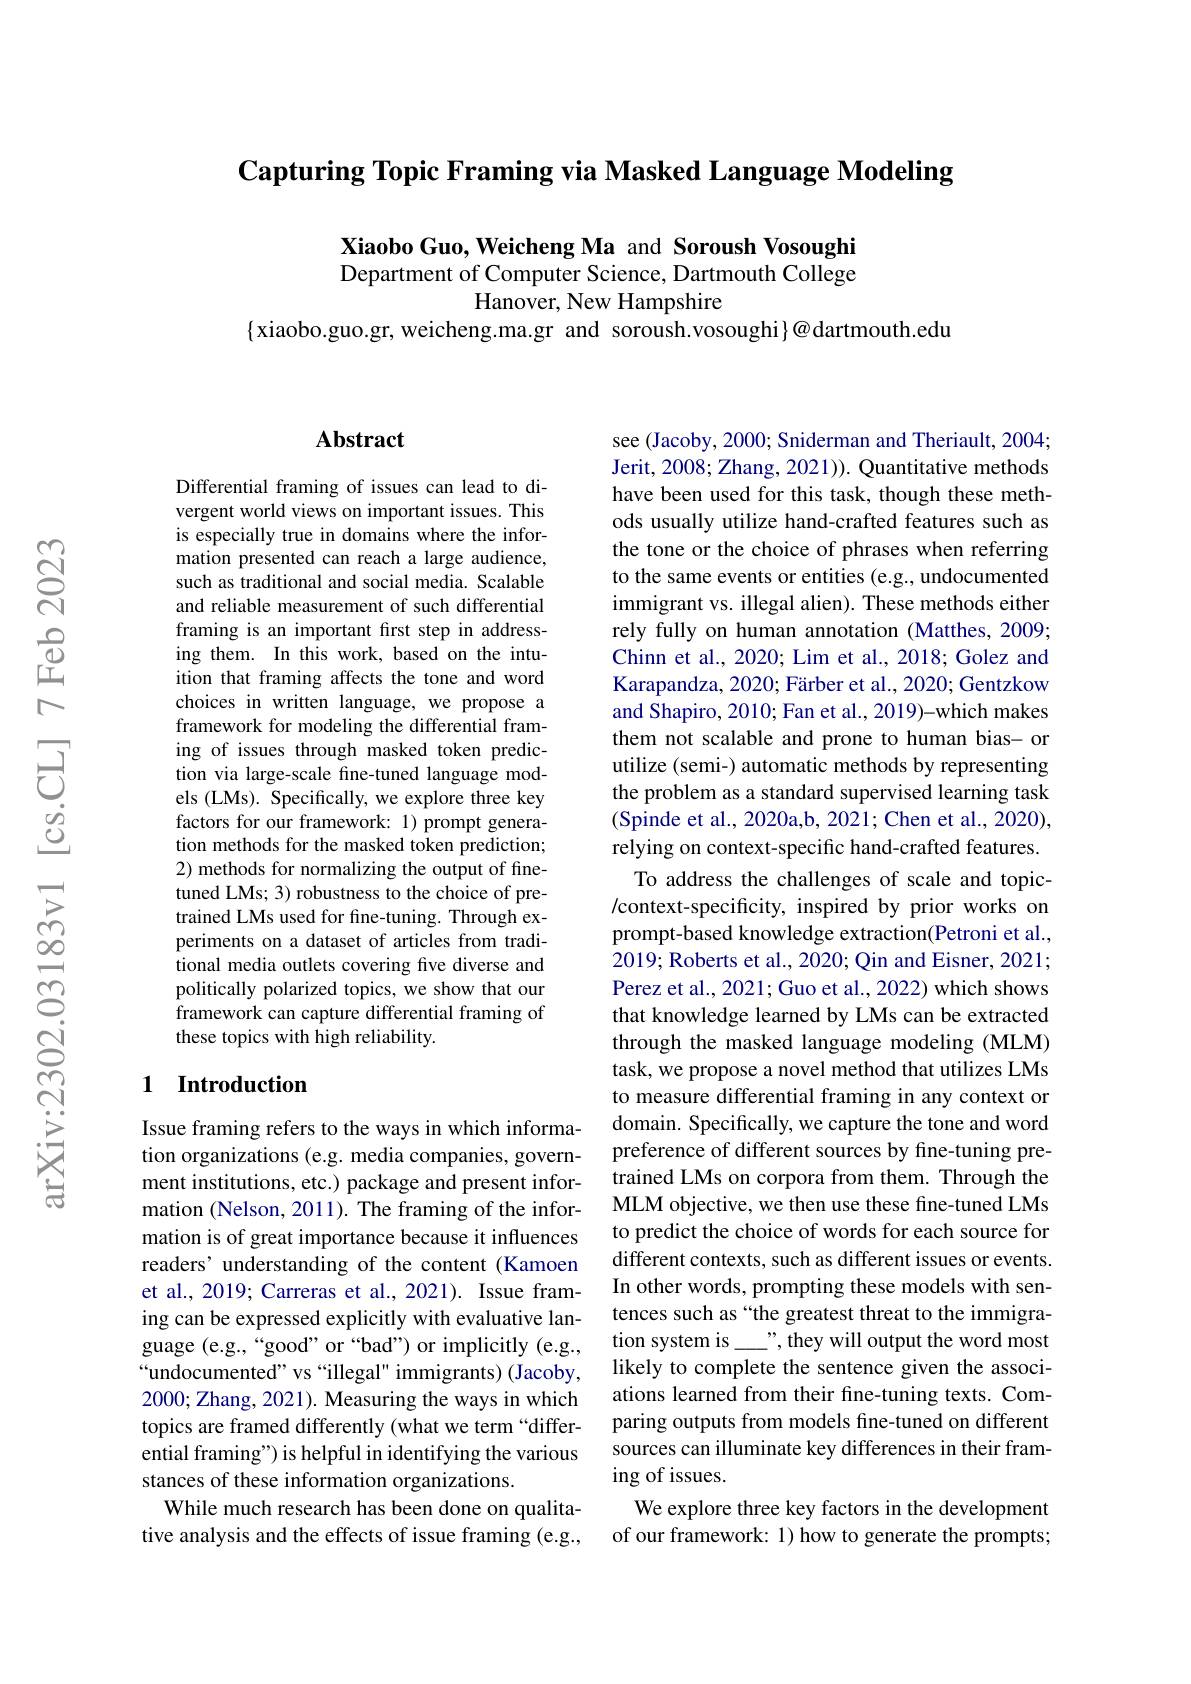
Capturing Topic Framing via Masked Language Modeling

Xiaobo Guo, Weicheng Ma and Soroush Vosoughi Department of Computer Science, Dartmouth College
Hanover, New Hampshire
$\{$xiaobo.guo.gr, weicheng.ma.gr and soroush.vosoughi}@dartmouth.edu

## $\mathbf{Abstract}$

Differential framing of issues can lead to divergent world views on important issues. This is especially true in domains where the information presented can reach a large audience, such as traditional and social media. Scalable and reliable measurement of such differential framing is an important first step in addressing them. In this work, based on the intuition that framing affects the tone and word choices in written language, we propose a framework for modeling the differential framing of issues through masked token prediction via large-scale fine-tuned language models (LMs). Specifically, we explore three key factors for our framework: 1) prompt generation methods for the masked token prediction; 2) methods for normalizing the output of finetuned LMs; 3) robustness to the choice of pretrained LMs used for fine-tuning. Through experiments on a dataset of articles from traditional media outlets covering five diverse and politically polarized topics, we show that our framework can capture differential framing of these topics with high reliability.

### 1 Introduction

Issue framing refers to the ways in which information organizations (e.g. media companies, government institutions, etc.) package and present information (Nelson, 2011). The framing of the information is of great importance because it influences readers' understanding of the content (Kamoen et al., 2019; Carreras et al., 2021). Issue framing can be expressed explicitly with evaluative language (e.g.,“good”or“bad”) or implicitly (e.g., “undocumented” vs “illegal" immigrants) (Jacoby, 2000; Zhang, 2021). Measuring the ways in which topics are framed differently (what we term “differential framing") is helpful in identifying the various stances of these information organizations.
While much research has been done on qualitative analysis and the effects of issue framing (e.g.,

see (Jacoby, 2000; Sniderman and Theriault, 2004; Jerit, 2008; Zhang, 2021)). Quantitative methods have been used for this task, though these methods usually utilize hand-crafted features such as the tone or the choice of phrases when referring to the same events or entities (e.g., undocumented immigrant vs. illegal alien). These methods either rely fully on human annotation (Matthes, 2009; Chinn et al., 2020; Lim et al., 2018; Golez and Karapandza, 2020; Färber et al., 2020; Gentzkow and Shapiro, 2010; Fan et al., 2019)-which makes them not scalable and prone to human bias- or utilize (semi-) automatic methods by representing the problem as a standard supervised learning task (Spinde et al., 2020a,b, 2021; Chen et al., 2020), relying on context-specific hand-crafted features. To address the challenges of scale and topic- /context-specificity, inspired by prior works on prompt-based knowledge extraction(Petroni et al., 2019; Roberts et al., 2020; Qin and Eisner, 2021; Perez et al., 2021; Guo et al., 2022) which shows that knowledge learned by LMs can be extracted through the masked language modeling (MLM) task, we propose a novel method that utilizes LMs to measure differential framing in any context or domain. Specifically, we capture the tone and word preference of different sources by fine-tuning pretrained LMs on corpora from them. Through the MLM objective, we then use these fine-tuned LMs to predict the choice of words for each source for different contexts, such as different issues or events. In other words, prompting these models with sentences such as “the greatest threat to the immigration system is\_...", they will output the word most likely to complete the sentence given the associations learned from their fine-tuning texts. Comparing outputs from models fine-tuned on different sources can illuminate key differences in their framing of issues.
We explore three key factors in the development of our framework: 1) how to generate the prompts;